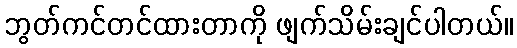
ဘွတ်ကင်တင်ထားတာကို ဖျက်သိမ်းချင်ပါတယ်။